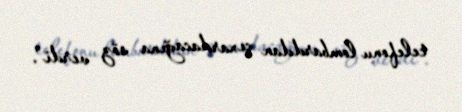
telefonu lombarddan çıxardacağına söz verdi".